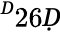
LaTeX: ^Ḋ26Ḍ